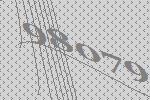
98079